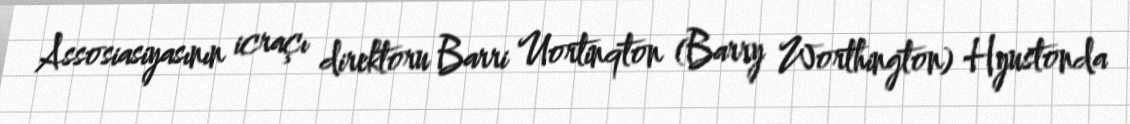
Assosiasiyasının icraçı direktoru Barri Uortinqton (Barry Worthington) Hyustonda